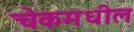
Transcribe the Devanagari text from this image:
चेकमधील